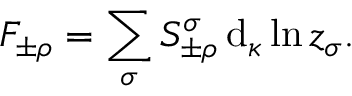
F _ { \pm \rho } = \sum _ { \sigma } S _ { \pm \rho } ^ { \sigma } \, \mathrm { d } _ { \kappa } \ln z _ { \sigma } .